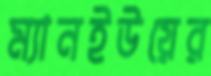
ম্যানইউয়ের